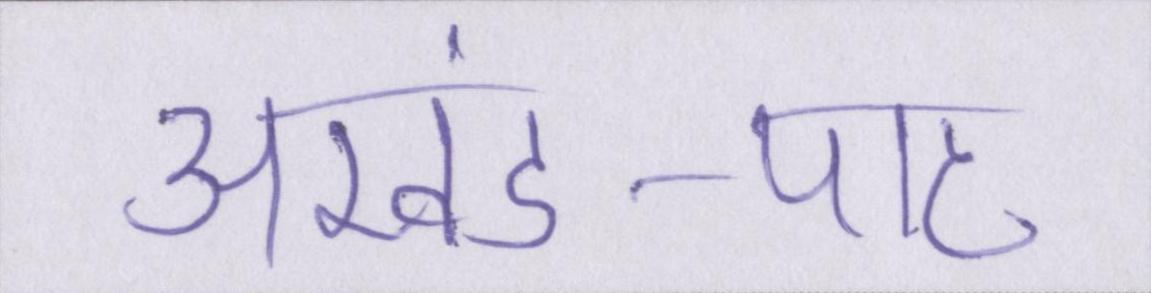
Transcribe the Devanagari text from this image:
अखंड-पाठ